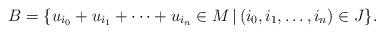
LaTeX: \begin{align*}B = \{ u_{i_0} + u_{i_1} + \dots + u_{i_n} \in M \, | \, (i_0 , i_1 , \ldots , i_n) \in J \}.\end{align*}